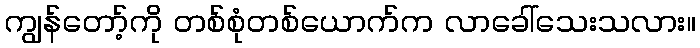
ကျွန်တော့်ကို တစ်စုံတစ်ယောက်က လာခေါ်သေးသလား။